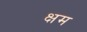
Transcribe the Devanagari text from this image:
क्षम